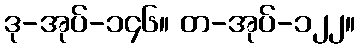
ဒု-အုပ်-၁၄၆။ တ-အုပ်-၁၂၂။